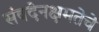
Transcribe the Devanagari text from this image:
संवदेनक्षमतेचे